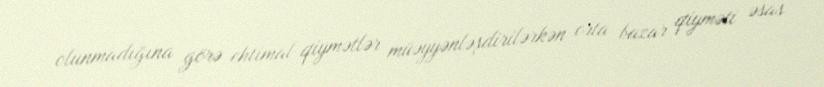
olunmadığına görə ehtimal qiymətlər müəyyənləşdirilərkən orta bazar qiyməti əsas